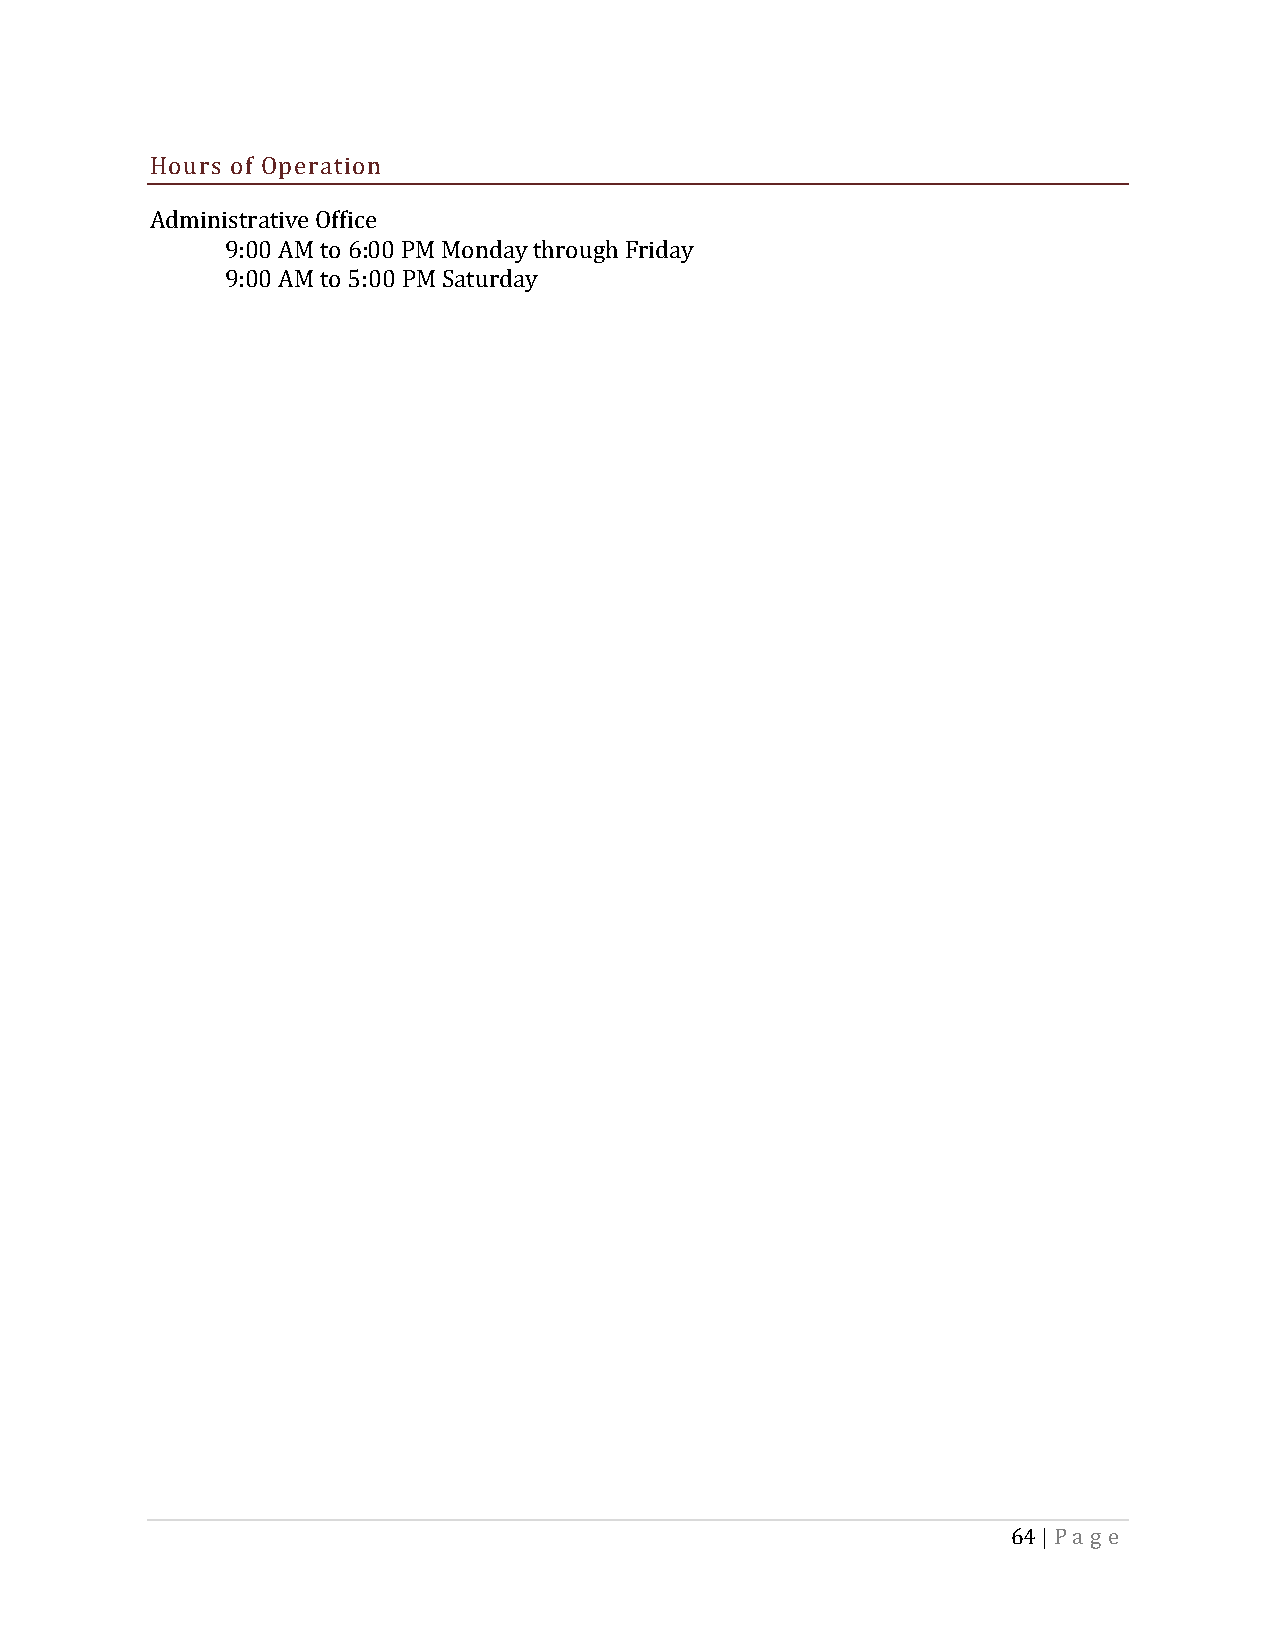
Hours of Operation
 Administrative Office
 9:00 AM to 6:00 PM Monday through Friday
 9:00 AM to 5:00 PM Saturday
 64 | Pa g e